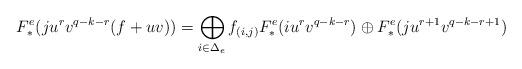
LaTeX: \begin{align*} F_*^e( ju^{r}v^{q-k-r}(f+uv))= \bigoplus_{i\in\Delta_e}f_{(i,j)}F_*^e(iu^{r}v^{q-k-r}) \oplus F_*^e(ju^{r+1}v^{q-k-r+1})\end{align*}